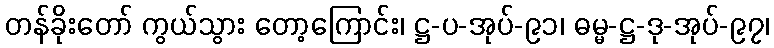
တန်ခိုးတော် ကွယ်သွား တော့ကြောင်း၊ ဋ္ဌ-ပ-အုပ်-၉၁၊ ဓမ္မ-ဋ္ဌ-ဒု-အုပ်-၉၇၊